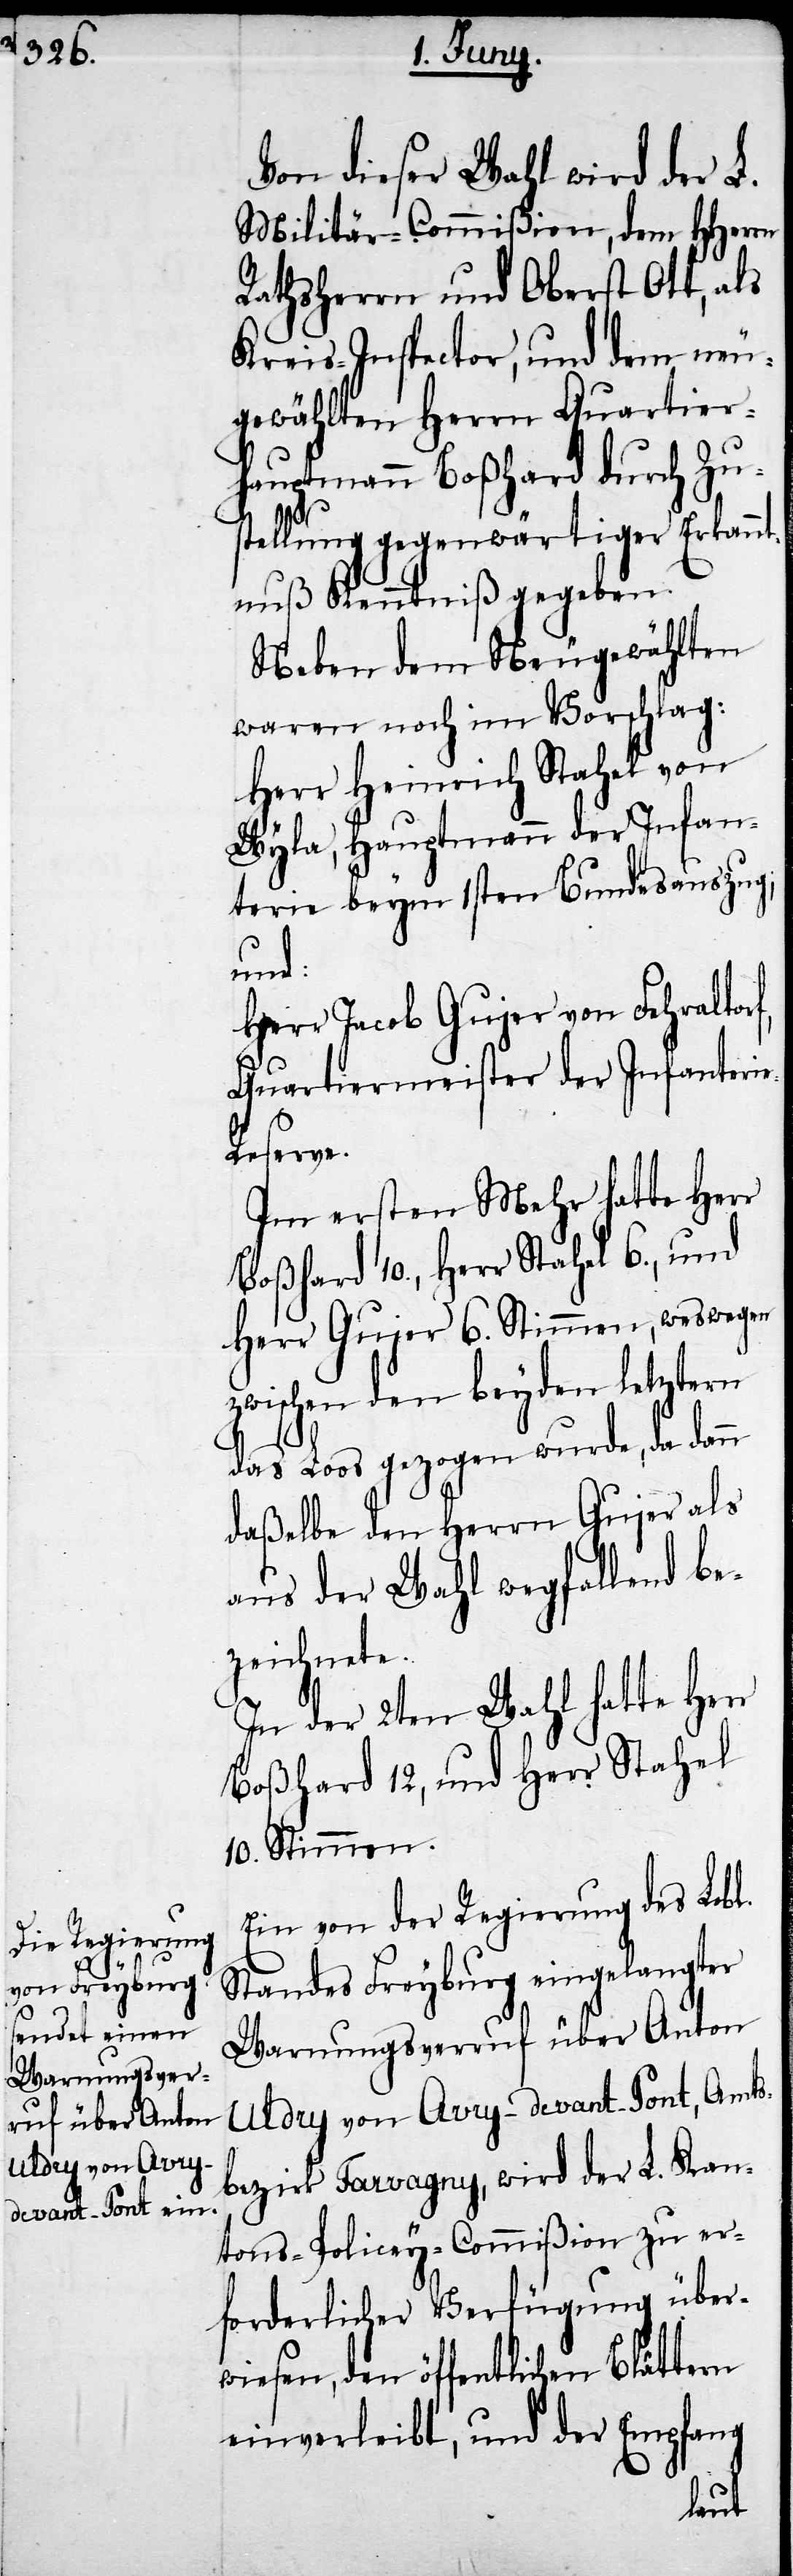
Von dieser Wahl wird der L.
Militär-Commißion, dem HHerrn
Rathsherrn und Oberst Ott, als
Kreis-Inspector, und dem neu¬
gewählten Herrn Quartier¬
hauptmann Boßhard durch Zus¬
tellung gegewärtiger Erkan¬
nuß Kenntniß gegeben.
Neben dem Neugewählten
waren noch im Vorschlag:
Herr Heinrich Stahel von
Wyla, Hauptmann der Infan¬
terie beym 1sten Bundesauszug;
und:
Herr Jacob Gujer von Fehraltorf,
Quartiermeister der Infateri¬
eserve.
Im ersten Mehr hatte Herr
Boßhard 10., Herr Stahel 6., und
Herr Gujer 6. Stimmen, weswegen
das Loos gezogen wurde, da dann
daßelbe den Herrn Gujer als
aus der Wahl wegfallend be¬
zeichnete.
In der 2ten Wahl hatte Herr
Boßhard 12, und Herr Stahel
10. Stimmen.
Ein von der Regierung des Lobl.
Standes Freyburg eingelangter
Warnungsverruf über Anton
Uldry von Avry-devant-Pont, Amts¬
bezirk Tarvagny, wird der L. Kan¬
tons-Policey-Commißion zu er¬
forderlicher Verfügung über¬
wiesen, den öffentlichen Blättern
einverleibt, und der Empfang
tern